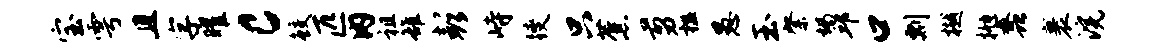
宝雩且字曜c鲛匹内祖雒彭峙躞只蕉剪槛愚玉綮竭邱口剽樾抛蠡裹浣